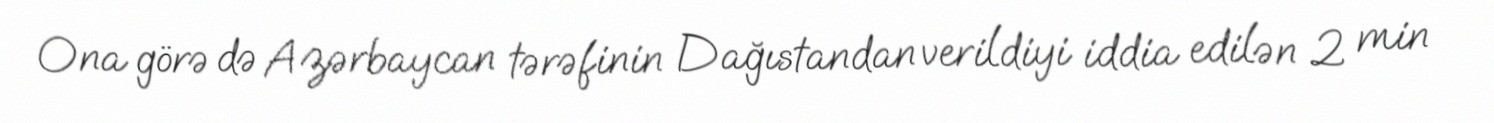
Ona görə də Azərbaycan tərəfinin Dağıstandan verildiyi iddia edilən 2 min